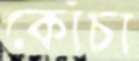
কোঁচা